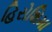
હિરોશિમા